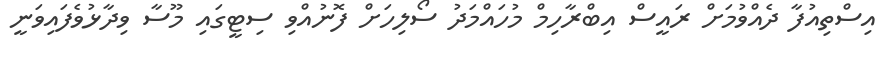
އިސްތިއުފާ ދެއްވުމަށް ރައީސް އިބްރާހިމް މުހައްމަދު ސޯލިހަށް ފޮނުއްވި ސިޓީގައި މޫސާ ވިދާޅުވެފައިވަނީ